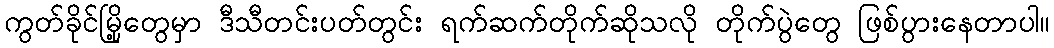
ကွတ်ခိုင်မြို့တွေမှာ ဒီသီတင်းပတ်တွင်း ရက်ဆက်တိုက်ဆိုသလို တိုက်ပွဲတွေ ဖြစ်ပွားနေတာပါ။